Vaccination in Bombay 1869-1873 - 1869-1873
Year: 1869
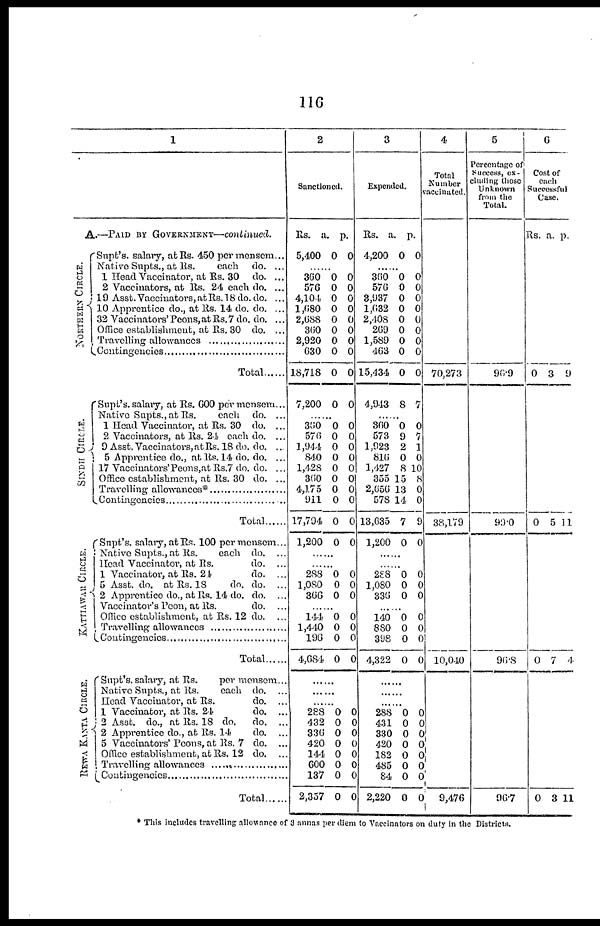
116
1
A.—PAID BY GOVERNMENT—continued.
NORTHERN CIRCLE.
SINDH CIRCLE.
KATTIAWAR CIRCLE.
REWA KANTA CIRCLE
Supt's. salary, at Rs. 450 per mensem...
Native Supts., at Rs.
each do. ...
1 Head Vaccinator, at Rs. 30 do. ...
2 Vaccinators, at Rs. 24 each do. ...
19 Asst. Vaccinators, at Rs. 18 do. do. ...
10 Apprentice do., at Rs. 14 do. do. ...
32 Vaccinators' Peons, at Rs. 7 do. do. ...
Office establishment, at Rs. 30 do. ...
Travelling allowances ........................
Contingenies ........................
Total......
Supt's. salary, at Rs. 600 per mensem...
Native Supts., at Rs.
each do. ...
1 Head Vaccinator, at Rs. 30 do. ...
2 Vaccinators, at Rs. 24 each do. ...
9 Asst. Vaccinators, at Rs. 18 do. do. ...
5 Apprentice do., at Rs. 14 do. do. ...
17 Vaccinators' Peons,at Rs.7 do. do. ...
Office establishment, at Rs. 30 do. ...
Travelling allowances*........................
Contingenies...........................
Total......
Supt's. salary, at Rs. 100 per mensem...
Native Supts., at Rs.
each do. ...
Head Vaccinator, at Rs.
do. ...
1 Vaccinator, at Rs. 24
do. ...
5 Asst. do. at Rs. 18
do. do. ...
2 Apprentice do., at Rs. 14 do. do. ...
Vaccinator's Peon, at Rs.
do. ...
Office establishment, at Rs. 12 do. ...
Travelling allowances ..................
Contingenies ..................
Total......
Supt's. salaly, at Rs.
per mensem...
Native Supts., at Rs.
each do. ...
Head Vaccinator, at Rs.
do. ...
1 Vaccinator, at Rs. 24
do. ...
2 Asst. do., at Rs. 18 do.
do. ...
2 Apprentice do., at Rs. 14
do. ...
5 Vaccinators' Peons, at Rs. 7 do. ...
Office establishment, at Rs. 12 do. ...
Travelling allowances ...............
Contingencies .........................
Total ..............
2
Sanctioned.
Rs.
5,400
a.
0
p.
0
......
360
576
4,104
1,680
2,688
360
2,920
630
18,718
7,200
0
0
0
0
0
0
0
0
0
0
0
0
0
0
0
0
0
0
0
0
......
360
576
1,944
840
1,428
360
4,175
911
17,794
1,200
0
0
0
0
0
0
0
0
0
0
0
0
0
0
0
0
0
0
0
0
......
......
288
1,080
366
0
0
0
0
0
0
.......
144
1,440
196
4,684
0
0
0
0
0
0
0
0
......
......
......
288
432
336
420
144
600
137
2,357
0
0
0
0
0
0
0
0
0
0
0
0
0
0
0
0
3
Expended.
Rs.
4,200
a.
0
p.
0
......
360
576
3,937
1,632
2,408
269
1,589
463
15,434
4,943
0
0
0
0
0
0
0
0
0
8
0
0
0
0
0
0
0
0
0
7
......
360
573
1,923
816
1,427
355
2,656
578
13,635
1,200
0
9
2
0
8
15
13
14
7
0
0
7
1
0
10
8
0
0
9
0
......
......
288
1,080
336
0
0
0
0
0
0
....
140
880
398
4,322
0
0
0
0
0
0
0
0
......
......
......
288
431
330
420
182
485
84
2,220
0
0
0
0
0
0
0
0
0
0
0
0
0
0
0
0
4
Total
Number
vanccinated.
70,273
38,179
10,040
9,476
5
Percentage of
Success, ex¬
cluding those
Unknown
from the
Total.
96.9
99.0
96.8
96.7
6
Cost of
each
Successful
Case.
Rs. a. p.
0 3 9
0 5 11
0 7 4
0 3 11
* This includes travelling allowance of 3 annas per diem to Vaccinators on duty in the Districts.